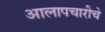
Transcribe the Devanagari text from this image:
आलापचारीचे